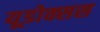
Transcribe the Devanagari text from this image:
यूडोक्सस